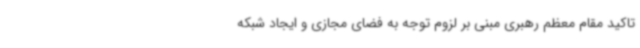
تاکید مقام معظم رهبری مبنی بر لزوم توجه به فضای مجازی و ایجاد شبکه